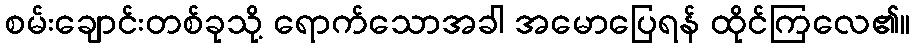
စမ်းချောင်းတစ်ခုသို့ ရောက်သောအခါ အမောပြေရန် ထိုင်ကြလေ၏။